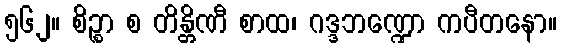
၅၆၂။ စိဉ္စာ စ တိန္တိဏီ စာထ၊ ဂဒ္ဒဘဏ္ဍော ကပီတနော။